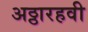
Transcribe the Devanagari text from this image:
अठ्ठारहवी